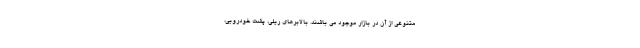
متنوعی از آن در بازار موجود می باشند. بالابرهای ریلی، پشت خودرویی،